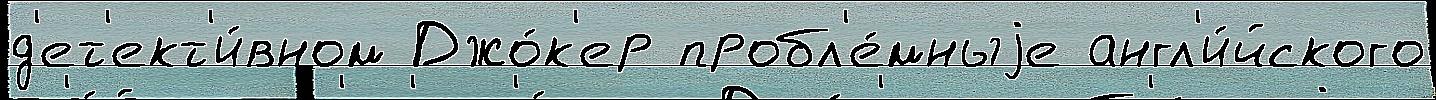
д'ет'ект'и́вном Джо́к'ер пробл'е́мныjе англ'и́йского